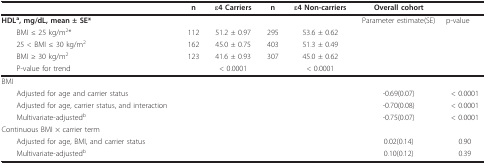
|  | n | ε4 Carriers | n | ε4 Non-carriers | Overall cohort |  |
 | --- | --- | --- | --- | --- | --- | --- |
 | HDLa, mg/dL, mean ± SE* |  |  |  |  | Parameter estimate(SE) | p-value |
 | BMI ≤ 25 kg/m2* | 112 | 51.2 ± 0.97 | 295 | 53.6 ± 0.62 |  |  |
 | 25 < BMI ≤ 30 kg/m2 | 162 | 45.0 ± 0.75 | 403 | 51.3 ± 0.49 |  |  |
 | BMI ≥ 30 kg/m2 | 123 | 41.6 ± 0.93 | 307 | 45.0 ± 0.62 |  |  |
 | P-value for trend |  | < 0.0001 |  | < 0.0001 |  |  |
 | BMI |  |  |  |  |  |  |
 | Adjusted for age and carrier status |  |  |  |  | -0.69(0.07) | < 0.0001 |
 | Adjusted for age, carrier status, and interaction |  |  |  |  | -0.70(0.08) | < 0.0001 |
 | Multivariate-adjustedb |  |  |  |  | -0.75(0.07) | < 0.0001 |
 | Continuous BMI × carrier term |  |  |  |  |  |  |
 | Adjusted for age, BMI, and carrier status |  |  |  |  | 0.02(0.14) | 0.90 |
 | Multivariate-adjustedb |  |  |  |  | 0.10(0.12) | 0.39 |